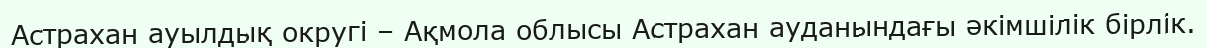
Астрахан ауылдық округі – Ақмола облысы Астрахан ауданындағы әкімшілік бірлік.